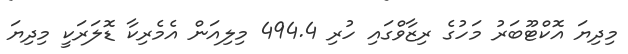
މިދިޔަ އޮކްޓޫބަރު މަހުގެ ރިޒާވްގައި ހުރި 494.4 މިލިއަން އެމެރިކާ ޑޮލަރަކީ މިދިޔަ